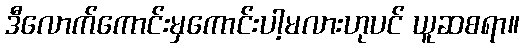
ဒီလောက်ကောင်းမှကောင်းပါ့မလားဟုပင် ယူဆစရာ။